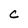
Character: C